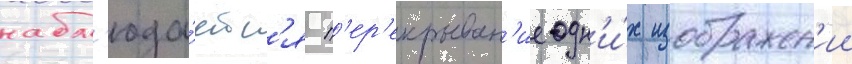
набл'юда́етс'я п'ер'екрыван'ие одн'и́х изображен'ии